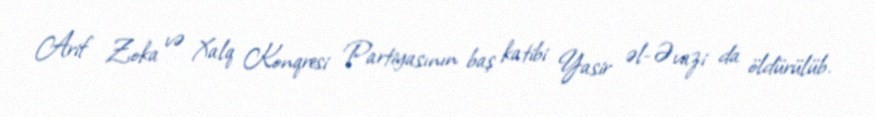
Arif Zoka və Xalq Konqresi Partiyasının baş katibi Yasir əl-Əvazi da öldürülüb.